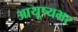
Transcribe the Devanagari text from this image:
आयूष्यभर